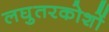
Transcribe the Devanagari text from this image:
लघुतरकोशों